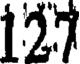
127